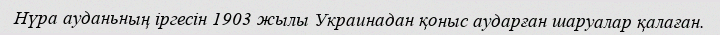
Нүра ауданьның іргесін 1903 жылы Украинадан қоныс аударған шаруалар қалаған.